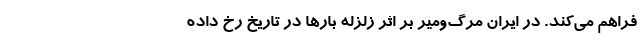
فراهم می‌کند. در ایران مرگ‌ومیر بر اثر زلزله بارها در تاریخ رخ داده